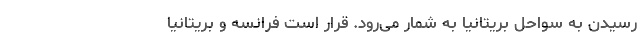
رسیدن به سواحل بریتانیا به شمار می‌رود. قرار است فرانسه و بریتانیا